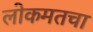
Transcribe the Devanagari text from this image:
लोकमतचा